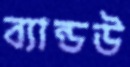
ব্যান্ডউ